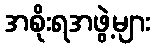
အစိုးရအဖွဲ့များ